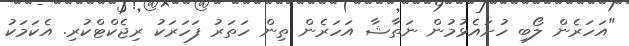
"އަހަރެން ލޯބި ހުށައެޅުމުން ނަތާޝާ އަހަރެން ތިން ހަތަރު ފަހަރަކު ރިޖެކްޓްކުރި. އެކަމަކު